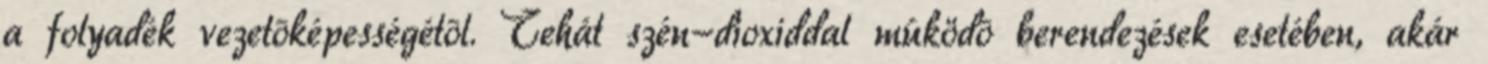
a folyadék vezetõképességétõl. Tehát szén-dioxiddal mûködõ berendezések esetében, akár